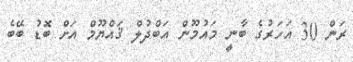
ރަން 30 އަހަރުގެ ބާނީ މައުމޫން އަބްދުލް ޤައްޔޫމް އަށް ބޮޑު ބޭބެ